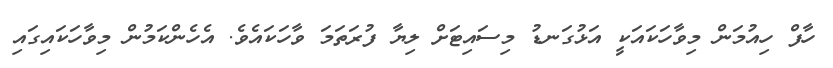
ހާފް ހިއުމަން މިވާހަކައަކީ އަޅުގަނޑު މިސައިޓަށް ލިޔާ ފުރަތަމަ ވާހަކައެވެ. އެހެންކަމުން މިވާހަކައިގައި